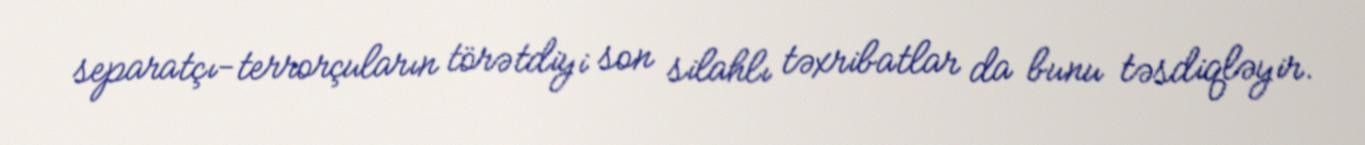
separatçı-terrorçuların törətdiyi son silahlı təxribatlar da bunu təsdiqləyir.